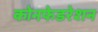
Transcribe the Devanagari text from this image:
कोनफेडरेशन